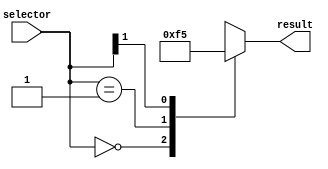
module casez_example (
    input [1:0] selector,
    output reg [3:0] result
);

always @*
begin
    casez(selector)
        2'b00: result = 4'b0000;
        2'b01: result = 4'b1111;
        2'b1?: result = 4'b0101; // '?' is a wildcard that matches any value
        default: result = 4'bXXXX; // 'X' indicates an unknown or uninitialized value
    endcase
end

endmodule